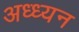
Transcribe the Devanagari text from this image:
अध्ध्यन